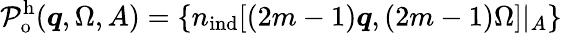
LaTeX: \mathcal{P}_{\mathrm{o}}^{\mathrm{h}}(\boldsymbol{q},\Omega,A)=\{ {n}_{\mathrm{ind}}[(2m-1)\boldsymbol{q},(2m-1)\Omega]|_{A}\}